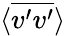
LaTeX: \langle\overline{{v^{\prime}v^{\prime}}}\rangle